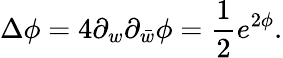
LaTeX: \Delta\phi=4\partial_{w}\partial_{\bar{w}}\phi={\frac{1}{2}}e^{2\phi}.